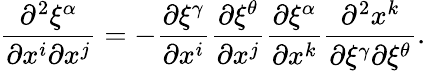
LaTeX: \frac{\partial^{2}\xi^{\alpha}}{\partial x^{i}\partial x^{j}}=-\frac{\partial\xi^{\gamma}}{\partial x^{i}}\frac{\partial\xi^{\theta}}{\partial x^{j}}\frac{\partial\xi^{\alpha}}{\partial x^{k}}\frac{\partial^{2}x^{k}}{\partial\xi^{\gamma}\partial\xi^{\theta}}.